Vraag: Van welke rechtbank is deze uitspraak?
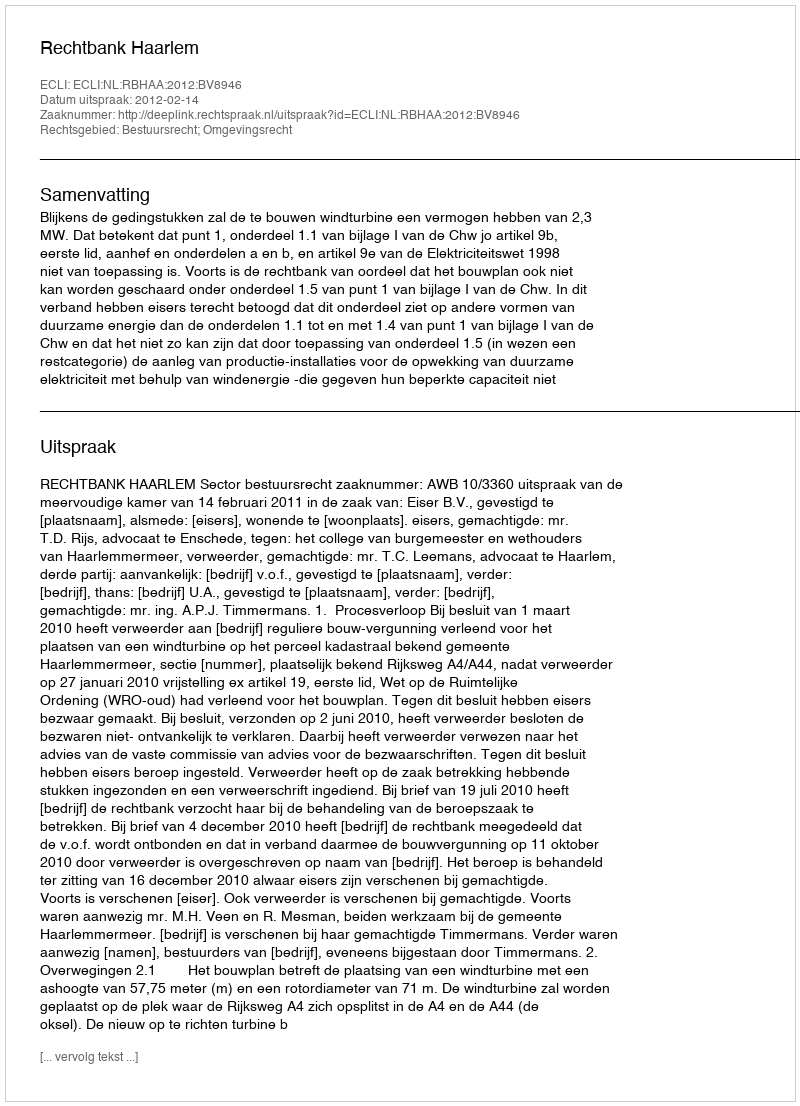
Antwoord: Rechtbank Haarlem